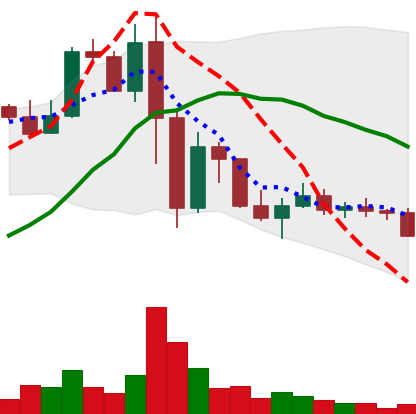
Ticker: LINK-USD
Chart end date: 2022-11-20
Forward return: 18.549%
Label: up_7plus